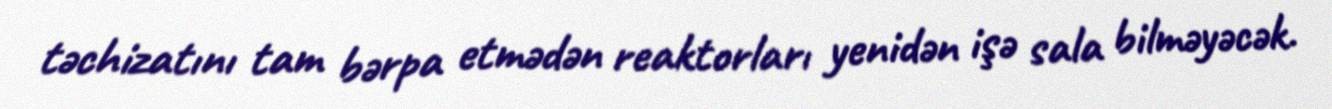
təchizatını tam bərpa etmədən reaktorları yenidən işə sala bilməyəcək.